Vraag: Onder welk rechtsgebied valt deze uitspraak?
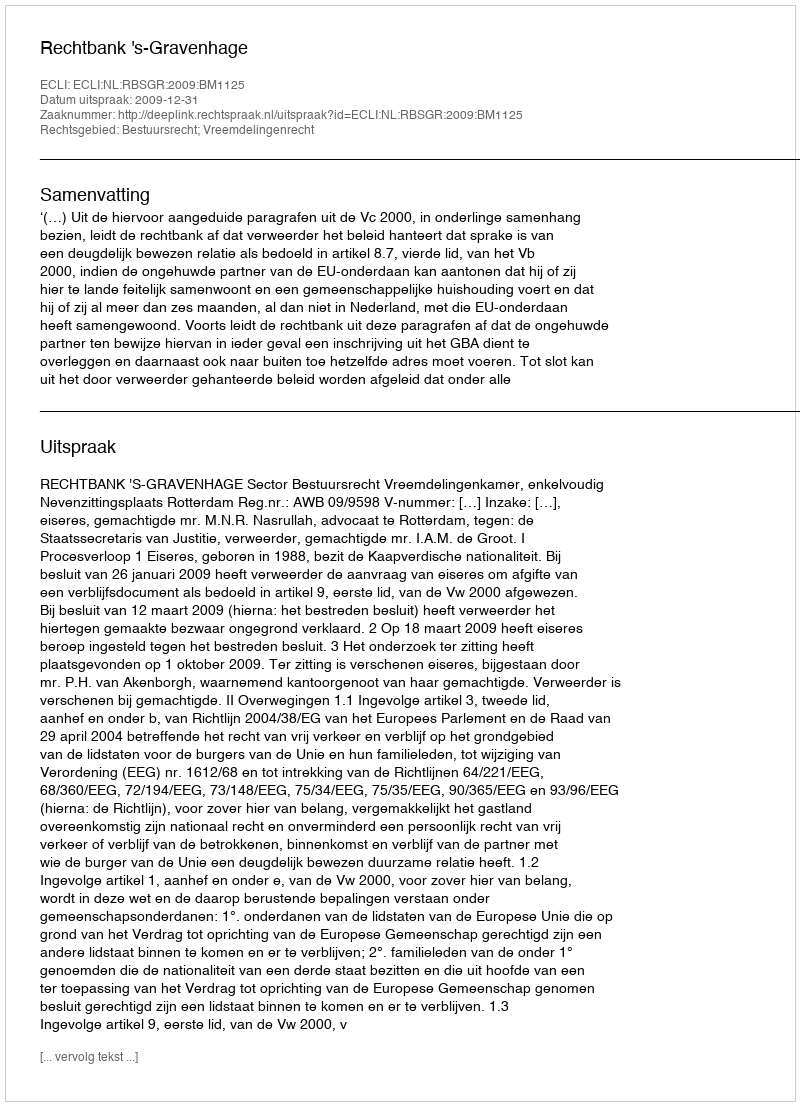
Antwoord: Bestuursrecht; Vreemdelingenrecht